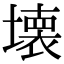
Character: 壊